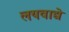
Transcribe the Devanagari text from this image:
लयवाद्ये